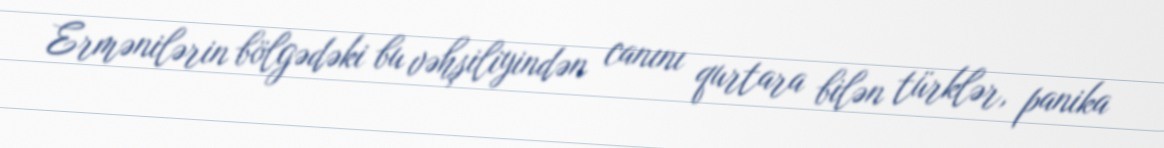
Ermənilərin bölgədəki bu vəhşiliyindən canını qurtara bilən türklər, panika